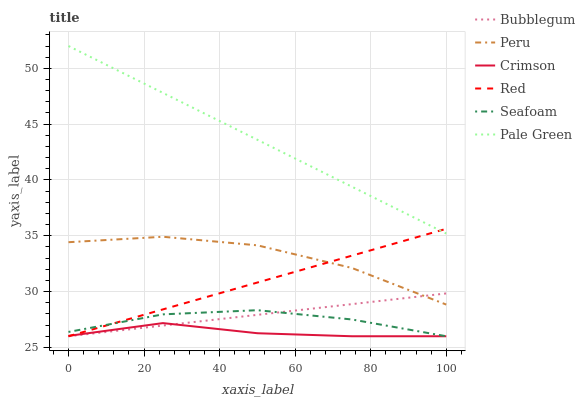
| xaxis_label | Bubblegum | Peru | Crimson | Red | Seafoam | Pale Green |
 | --- | --- | --- | --- | --- | --- | --- |
 | 0 | 26 | 34.4 | 26 | 26 | 26.4 | 52 |
 | 25 | 27 | 34.9 | 27.2 | 28.4 | 28 | 47.8 |
 | 50 | 27.9 | 34.1 | 26.3 | 30.8 | 28.3 | 43.6 |
 | 75 | 28.9 | 32.1 | 26 | 33.2 | 27.5 | 39.4 |
 | 100 | 29.8 | 28.8 | 26 | 35.6 | 26 | 35.2 |